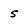
Character: 5